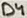
Text: D4